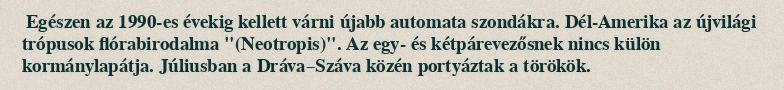
Egészen az 1990-es évekig kellett várni újabb automata szondákra. Dél-Amerika az újvilági trópusok flórabirodalma "(Neotropis)". Az egy- és kétpárevezősnek nincs külön kormánylapátja. Júliusban a Dráva–Száva közén portyáztak a törökök.